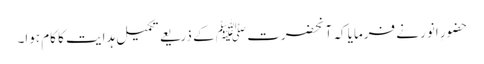
حضورِ انور نے فرمایا کہ آنحضرت ﷺ کے ذریعے تکمیل ہدایت کا کام ہوا۔